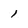
Character: 1